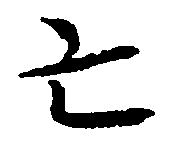
亡